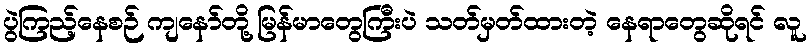
ပွဲကြည့်နေစဉ် ကျနော်တို့ မြန်မာတွေကြီးပဲ သတ်မှတ်ထားတဲ့ နေရာတွေဆိုရင် လူ